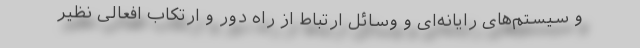
و سیستم‌های رایانه‌ای و وسائل ارتباط از راه دور و ارتکاب افعالی نظیر